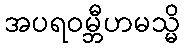
အပရဝမ္ဘီဟမသ္မိ